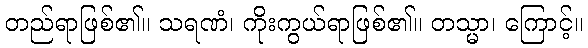
တည်ရာဖြစ်၏။ သရဏံ၊ ကိုးကွယ်ရာဖြစ်၏။ တသ္မာ၊ ကြောင့်။